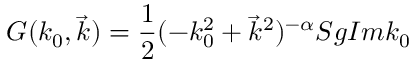
G ( k _ { 0 } , \vec { k } ) = \frac { 1 } { 2 } ( - k _ { 0 } ^ { 2 } + \vec { k } ^ { 2 } ) ^ { - \alpha } S g I m k _ { 0 }